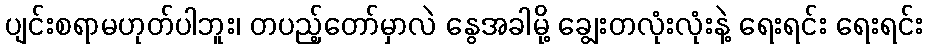
ပျင်းစရာမဟုတ်ပါဘူး၊ တပည့်တော်မှာလဲ နွေအခါမို့ ချွေးတလုံးလုံးနဲ့ ရေးရင်း ရေးရင်း